Senior Leaving Certificate Examination (including Day School Certificate (Higher) General paper), 1948
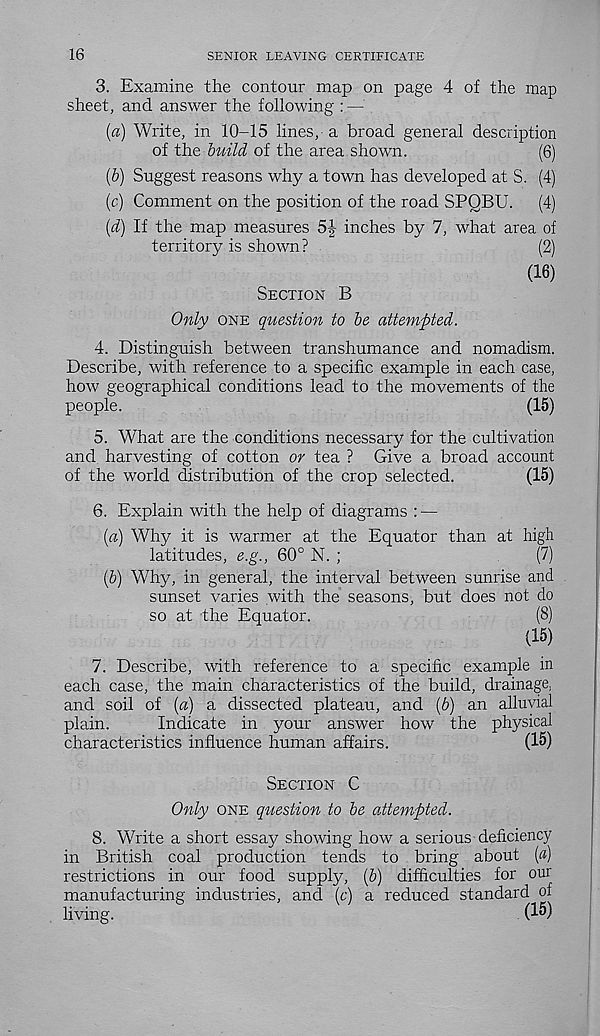
16
SENIOR LEAVING CERTIFICATE
3. Examine the contour map on page 4 of the map
sheet, and answer the following : —
{a) Write, in 10-15 lines,-a broad general description
of the build of the area shown.
(6)
(6) Suggest reasons why a town has developed at S. (4)
(c) Comment on the position of the road SPQBU. (4)
[d) If the map measures 5|- inches by 7, what area of
territory is shown?
(2)
(16)
SECTION B
Only ONE question to be attempted.
4. Distinguish between transhumance and nomadism.
Describe, with reference to a specific example in each case,
how geographical conditions lead to the movements of the
people.
(15)
5. What are the conditions necessary for the cultivation
and harvesting of cotton or tea ? Give a broad account
of the world distribution of the crop selected.
(15)
6. Explain with the help of diagrams : —
{a) Why it is warmer at the Equator than at high
latitudes, e.g., 60° N. ;
(7)
(b) Why, in general, the interval between sunrise and
sunset varies with the seasons, but does not do
so at the Equator.
(8)
(15)
7. Describe, with reference to a specific example in
each case, the main characteristics of the build, drainage,
and soil of {a) a dissected plateau, and {b) an alluvial
plain.
Indicate in your answer how the physical
characteristics influence human affairs.
(15)
SECTION C
Only ONE question to be attempted.
8. Write a short essay showing how a serious deficiency
in British coal production tends to bring about (a)
restrictions in our food supply, (&) difficulties for our
manufacturing industries, and (c) a reduced standard of
living.
(1®)